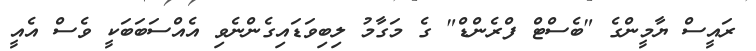
ރައީސް ޔާމީންގެ "ބެސްޓް ފްރެންޑް" ގެ މަގާމު ލިބިވަޑައިގެންނެވި އެއްސަބަބަކީ ވެސް އެއީ